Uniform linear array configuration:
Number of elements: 4
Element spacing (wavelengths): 0.25
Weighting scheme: blackman
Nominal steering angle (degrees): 45
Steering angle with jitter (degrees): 43.667
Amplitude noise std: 0.05
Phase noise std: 0.05

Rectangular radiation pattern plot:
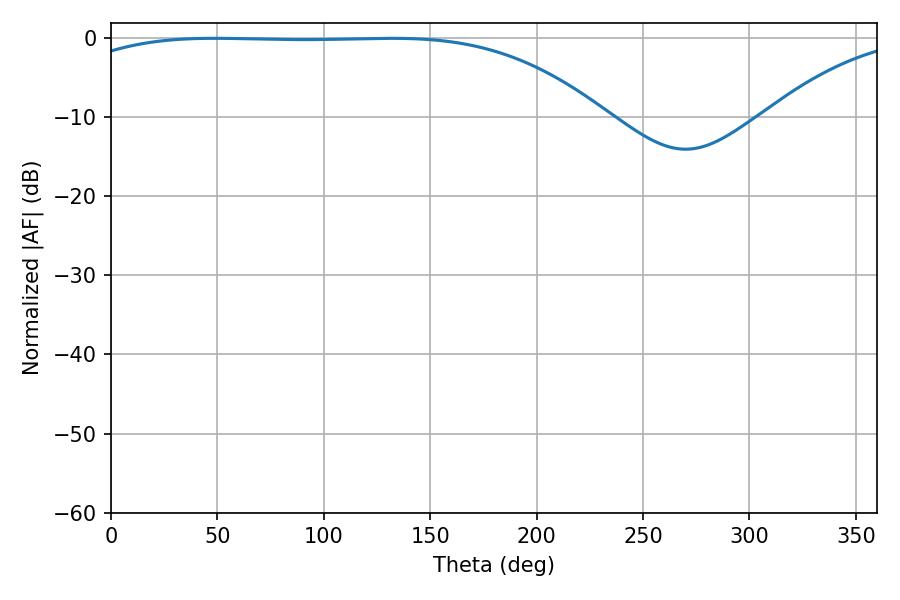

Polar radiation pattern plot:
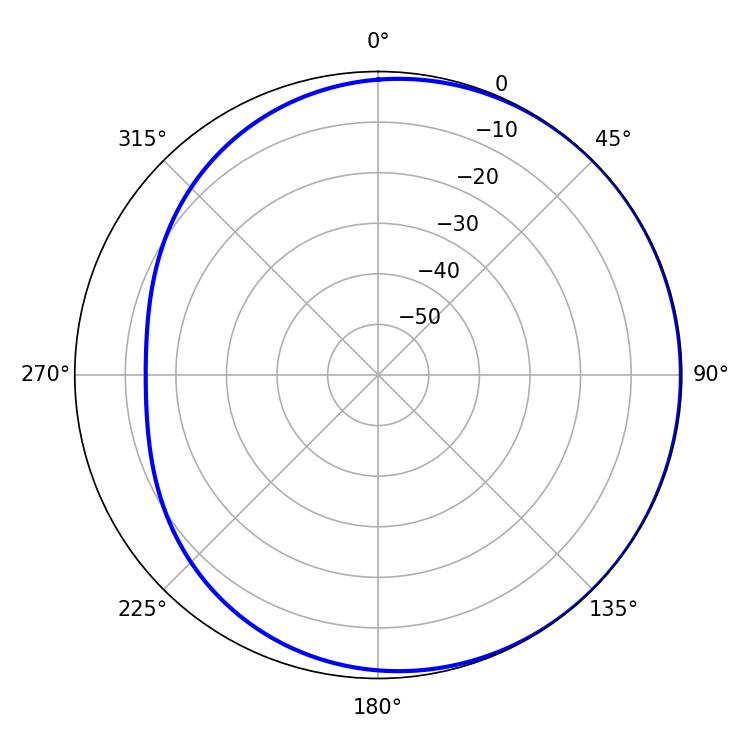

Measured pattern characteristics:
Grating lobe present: FALSE
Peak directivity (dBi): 0.8538
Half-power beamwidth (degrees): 194.4
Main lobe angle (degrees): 48.6